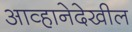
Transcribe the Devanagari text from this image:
आव्हानेदेखील